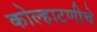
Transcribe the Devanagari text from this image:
कोल्हाटणीचे